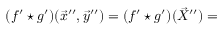
( f ^ { \prime } \star g ^ { \prime } ) ( \vec { x } ^ { \prime \prime } , \vec { y } ^ { \prime \prime } ) = ( f ^ { \prime } \star g ^ { \prime } ) ( \vec { X } ^ { \prime \prime } ) =